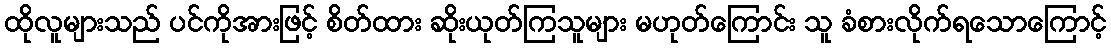
ထိုလူများသည် ပင်ကိုအားဖြင့် စိတ်ထား ဆိုးယုတ်ကြသူများ မဟုတ်ကြောင်း သူ ခံစားလိုက်ရသောကြောင့်